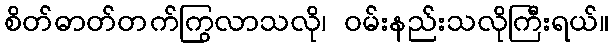
စိတ်ဓာတ်တက်ကြွလာသလို၊ ဝမ်းနည်းသလိုကြီးရယ်။